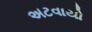
અટવાયો